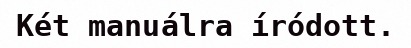
Két manuálra íródott.